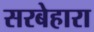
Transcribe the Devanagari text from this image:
सरबेहारा